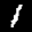
Label: 1